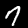
Label: 7